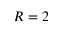
R = 2